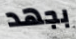
بجهد